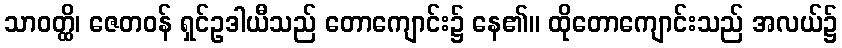
သာဝတ္ထိ၊ ဇေတဝန် ရှင်ဥဒါယီသည် တောကျောင်း၌ နေ၏။ ထိုတောကျောင်းသည် အလယ်၌